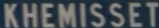
KHEMISSET